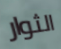
الثوار